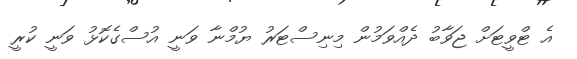
އެ ޓްވީޓަށް ޖަވާބު ދެއްވަމުން މިނިސްޓަރު ޔުމްނާ ވަނީ އުސްގެކޮޅު ވަނީ ކުރީ